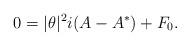
LaTeX: \begin{align*}0 = |\theta|^2 i (A - A^*) + F_0. \end{align*}